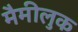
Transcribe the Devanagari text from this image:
मैमीलुक